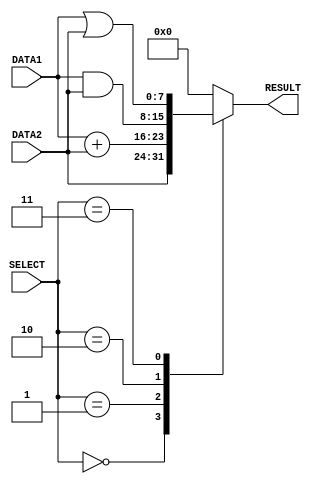
/*
Author - W M D U Thilakarathna
Reg No - E/16/366
*/

module alu(DATA1, DATA2, RESULT, SELECT);
input [7:0] DATA1, DATA2; //declare the inputs
input [2:0] SELECT; //declare the select input
output [7:0] RESULT; //declare the output

reg [7:0] RESULT; // declare the outputs as registers

always @ (DATA1, DATA2, SELECT) // this block run if there is any change in DATA1 or DATA2 or SELECT
begin
    case (SELECT)
    3'b000:
        #1 RESULT = DATA2; //forward operation  1
    3'b001:
        #2 RESULT = DATA1 + DATA2; // add operation 2
    3'b010:
        #1 RESULT = DATA1 & DATA2; // bitwise and operation 1
    3'b011:
        #1 RESULT = DATA1 | DATA2; // bitwise or operation 1
    default: RESULT = 0; //result 0 if the other cases
    endcase
end
    
endmodule